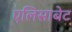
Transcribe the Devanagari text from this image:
एलिसाबेट